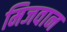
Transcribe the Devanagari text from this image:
मिजवान